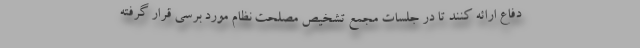
دفاع ارائه کنند تا در جلسات مجمع تشخیص مصلحت نظام مورد برسی قرار گرفته